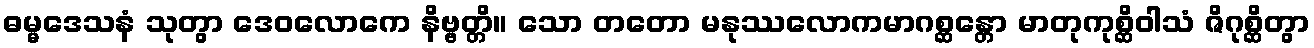
ဓမ္မဒေသနံ သုတွာ ဒေဝလောကေ နိဗ္ဗတ္တိ။ သော တတော မနုဿလောကမာဂစ္ဆန္တော မာတုကုစ္ဆိဝါသံ ဇိဂုစ္ဆိတွာ